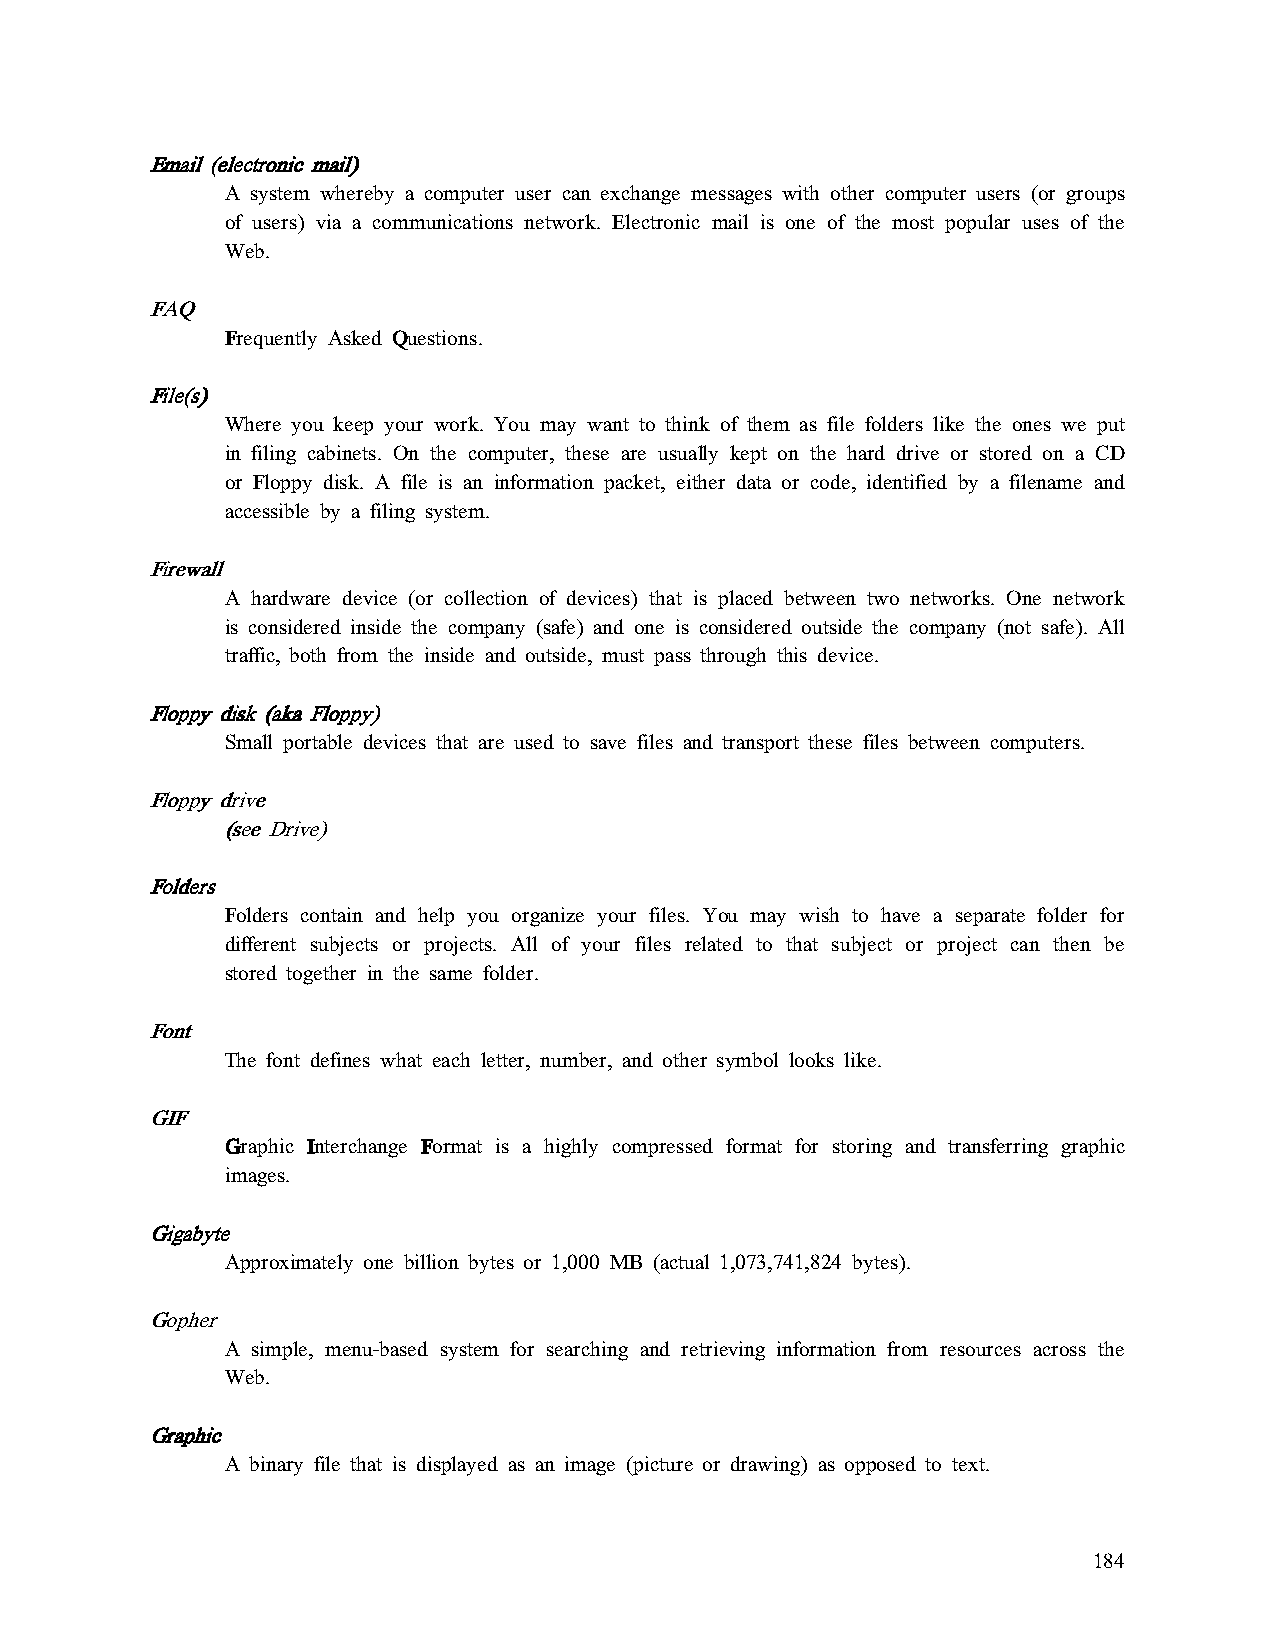
EEEEmmmmaaaaiiiillll ((((eeeelllleeeeccccttttrrrroooonnnniiiicccc mmmmaaaaiiiillll))))
 A system whereby a computer user can exchange messages with other computer users (or groups
 of users) via a communications network. Electronic mail is one of the most popular uses of the
 Web.
 FFFFAAAAQQQQ
 FFFFrequently AAAAsked QQQQuestions.
 FFFFiiiilllleeee((((ssss))))
 Where you keep your work. You may want to think of them as file folders like the ones we put
 in filing cabinets. On the computer, these are usually kept on the hard drive or stored on a CD
 or Floppy disk. A file is an information packet, either data or code, identified by a filename and
 accessible by a filing system.
 FFFFiiiirrrreeeewwwwaaaallllllll
 A hardware device (or collection of devices) that is placed between two networks. One network
 is considered inside the company (safe) and one is considered outside the company (not safe). All
 traffic, both from the inside and outside, must pass through this device.
 FFFFllllooooppppppppyyyy ddddiiiisssskkkk ((((aaaakkkkaaaa FFFFllllooooppppppppyyyy))))
 Small portable devices that are used to save files and transport these files between computers.
 FFFFllllooooppppppppyyyy ddddrrrriiiivvvveeee
 ((((sssseeeeeeee DDDDrrrriiiivvvveeee))))
 FFFFoooollllddddeeeerrrrssss
 Folders contain and help you organize your files. You may wish to have a separate folder for
 different subjects or projects. All of your files related to that subject or project can then be
 stored together in the same folder.
 FFFFoooonnnntttt
 The font defines what each letter, number, and other symbol looks like.
 GGGGIIIIFFFF
 GGGGraphic IIIInterchange FFFFormat is a highly compressed format for storing and transferring graphic
 images.
 GGGGiiiiggggaaaabbbbyyyytttteeee
 Approximately one billion bytes or 1,000 MB (actual 1,073,741,824 bytes).
 GGGGoooopppphhhheeeerrrr
 A simple, menu-based system for searching and retrieving information from resources across the
 Web.
 GGGGrrrraaaapppphhhhiiiicccc
 A binary file that is displayed as an image (picture or drawing) as opposed to text.
 184